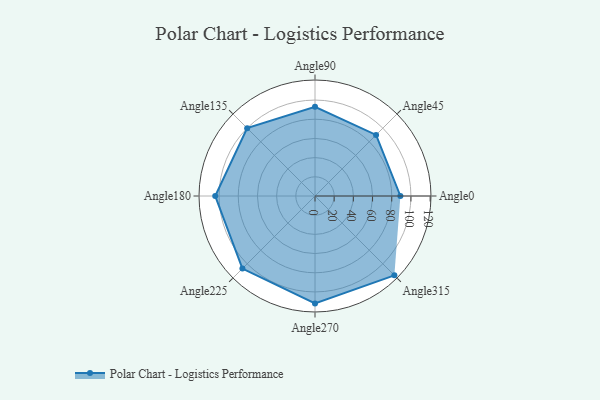
{"axis": {"x": "Angle", "y": "Radius"}, "legend": [""], "data": [{"x": "Angle0", "y": 89.0, "type": ""}, {"x": "Angle45", "y": 90.0, "type": ""}, {"x": "Angle90", "y": 93.0, "type": ""}, {"x": "Angle135", "y": 100.0, "type": ""}, {"x": "Angle180", "y": 104.0, "type": ""}, {"x": "Angle225", "y": 107.0, "type": ""}, {"x": "Angle270", "y": 112.0, "type": ""}, {"x": "Angle315", "y": 117.0, "type": ""}]}